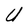
Character: U